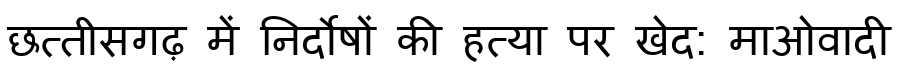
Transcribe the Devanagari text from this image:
छत्तीसगढ़ में निर्दोषों की हत्या पर खेद: माओवादी